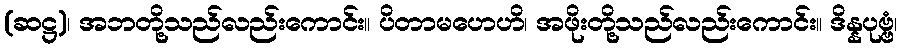
(ဆဋ္ဌ)၊ အဘတို့သည်လည်းကောင်း။ ပိတာမဟေဟိ၊ အဖိုးတို့သည်လည်းကောင်း။ ဒိန္နပုဗ္ဗံ၊